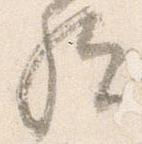
歟